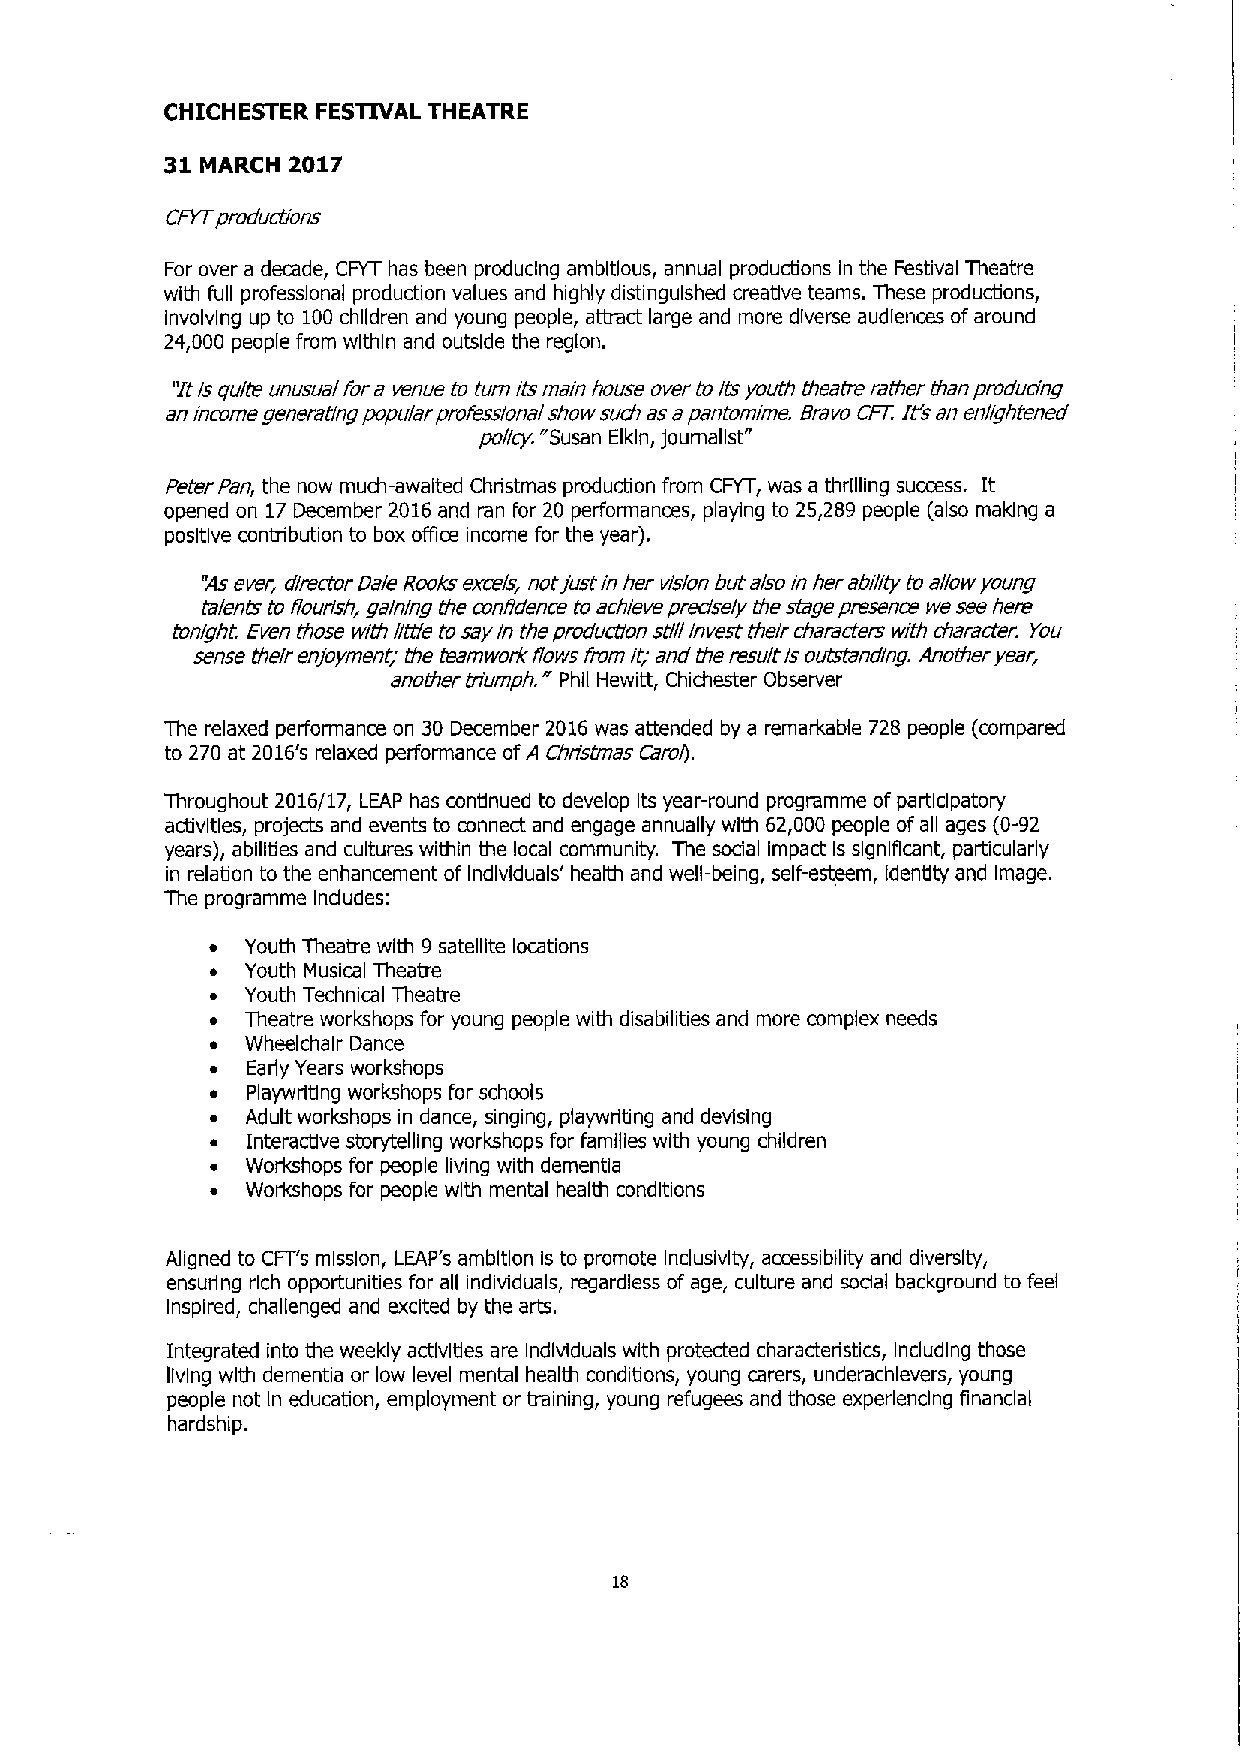
its
 CHICHESTER FESTIVAL THEATRE
 31      2017
 MARCH
 CFVTproductions
 For over a decade, CFYT has been producing ambitious, annual productions in the Festival Theatre
 with full professional production val tu urn es and highly distinguished creative teams. These produdions,
 involving up to 100children and young people, atbact large and more diverse audiences ofaround
 24,000 people from within and outside the region.
 'tt Isquite unusual fora venue to main house over to Itsyouth theatre rattrer than producing
 anincome generating popular professional show such asapantomime. Bravo CFT. It's an enlightened
 poi/cy. "Susan Elkln, journalist
 Peter Pan, the now much-awaited Christmas production from CFYT, was a thrilling success. It
 opened on 17December 2016and ran for 20 performances, playing to 25,289 people (also making a
 positive contribution to box office income for the year).
 "Asever, director Dale Rooks excels, notjustin her vision but alsoin her ability to allow young
 talents to flourish, gaining the confidence to achieve predsely the stage presence we see here
 tonight. Even those wrth little to say In the production still Invest their characters with character. you
 sense their enjoyment; the teamwork flows fromi;tend the result Isoutstanding. Another year,
 another triumph. Phil Hewitt, Chichester Observer
 The relaxed performance on 30 December 2016was attended by a remarkable 728 people (compared
 to 270 at 2016's relaxed performance ofA Christmas Carol).
 Throughout 2016/17, LEAP has continued to develop Its year-round programme ofparticipatory
 activities, projects and events to connect and engage annually with 62,000 people ofall ages (0-92
 years), abilities and cultures within the local community. The sodal Impact Is significant, particularly
 in relation to the enhancement of individuals' health and well-being, self-esteem, Idendty and Image.
 The programme Indudes:
 Youth Theatre with 9satellite locations
 Youth Musical Theatre
 Youth Technical Theatre
 Theatre workshops for young people with disabilities and more complex needs
 Wheelchair Dance
 Eady Years workshops
 Playwriting workshops for schools
 Adult workshops in dance, singing, playwriting and devising
 Interactive storytelling workshops for families with young children
 Workshops for people living with dementia
 Workshops for people with mental health conditions
 Aligned to CFT's mission, LEAP's ambition Is to promote Inclusivlty, accessibility and diversity,
 ensuring rich opportunities for all individuals, regardless of age, culture and sodal background to feel
 Inspired, challenged and exdted by the arts.
 Integrated into the weeldy activities are Individuals with protected characteristics, Indudlng those
 living with dementia or low level mental health conditions, young carers, underachievers, young
 people not In education, employment or training, young refugees and those experlendng financial
 hardship.
 18